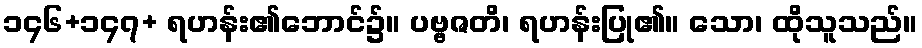
၁၄၆+၁၄၇+ ရဟန်း၏ဘောင်၌။ ပဗ္ဗဇတိ၊ ရဟန်းပြု၏။ သော၊ ထိုသူသည်။